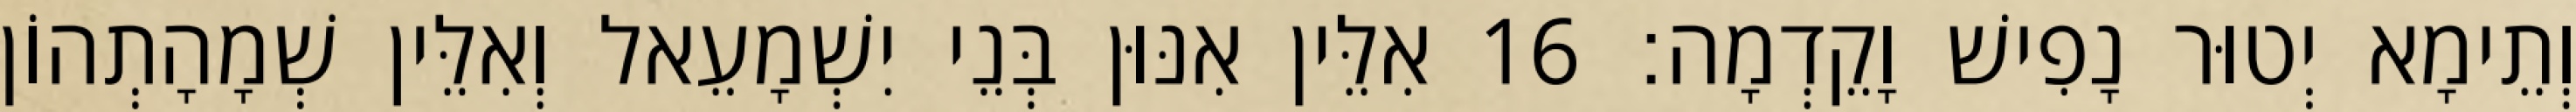
וְתֵימָא יְטוּר נָפִישׁ וָקֵדְמָה׃ 16 אִלֵּין אִנּוּן בְּנֵי יִשְׁמָעֵאל וְאִלֵּין שְׁמָהָתְהוֹן